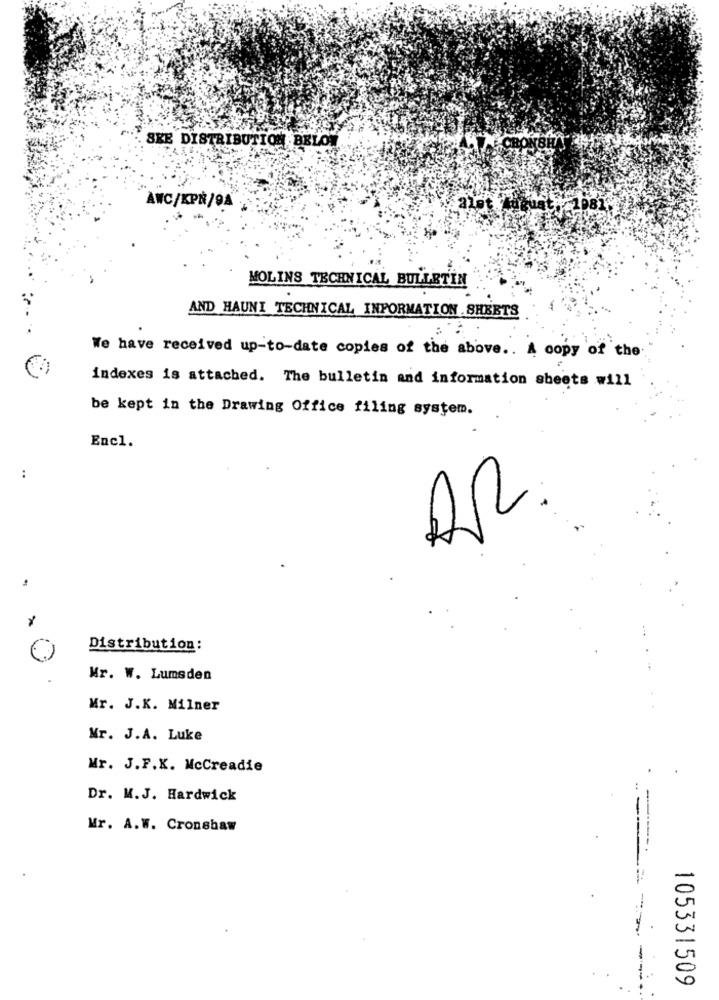
SKE DISTRIBUTION BELO
AWC/KPN/94
MOLINS TECHNICAL BULLETIN
AND HAUNI TECHNICAL INFORMATION SHEETS
We have received up-to-date copies of the above .. A copy of the
indexes is attached. The bulletin and information sheets will
be kept in the Drawing Office filing system.
Encl.
..
Distribution:
Kr. W. Lumsden
Mr. J.K. Milner
Mr. J.A. Luke
Mr. J.F.K. McCreadie
Dr. M.J. Hardwick
Mr. A.W. Cronshaw
105331509